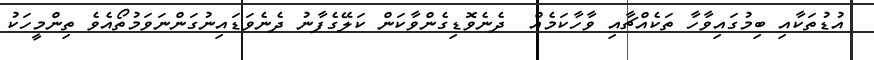
އުޑުތަކާއި ބިމުގައިވާހާ ތަކެއްޗާއި ވާހާކަމެއް  ދެނެވޮޑިގެންވާކަން ކަލޭގެފާނު ދެނެވަޑައިނުގަންނަވަމުތޯއެވެ ތިންމީހަކު